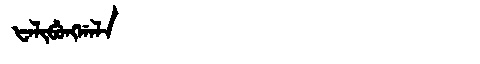
Manchu: ᡶᠠᠯᡳᠪᡠᠩᡤᠠᠯᠠ
Romanization: FALIBUNGGALA